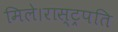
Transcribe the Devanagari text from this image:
मिले।रास्ट्रपति